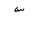
Letter: _sin